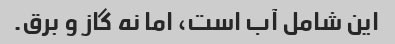
این شامل آب است، اما نه گاز و برق.